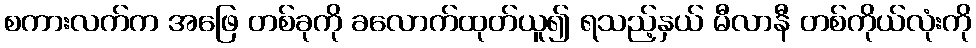
စကားလက်က အဖြေ တစ်ခုကို ခလောက်ထုတ်ယူ၍ ရသည့်နှယ် မီလာနီ တစ်ကိုယ်လုံးကို